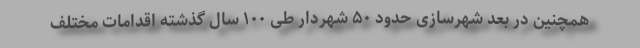
همچنین در بعد شهرسازی حدود ۵۰ شهردار طی ۱۰۰ سال گذشته اقدامات مختلف